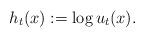
LaTeX: \begin{align*}h_t(x) := \log u_t(x).\end{align*}